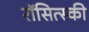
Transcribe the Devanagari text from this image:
रॉसित्स्की